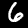
Label: 6